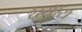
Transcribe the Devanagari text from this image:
रेस्‍टोरेंटो